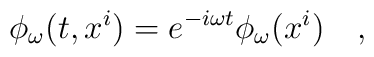
\phi_{\omega}(t,x^i)=e^{-i\omega t}\phi_{\omega}(x^i)~~~,